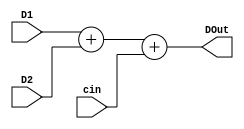
`timescale 1ns / 1ps
//////////////////////////////////////////////////////////////////////////////////
// Company: 
// Engineer: 
// 
// Design Name: 
// Module Name: Adder
// Project Name: 
// Target Devices: 
// Tool Versions: 
// Description: 
// 
// Dependencies: 
// 
// Revision:
// Revision 0.01 - File Created
// Additional Comments:
// 
//////////////////////////////////////////////////////////////////////////////////


module Adder(
    output reg [31:0] DOut,
    input [31:0] D1,
    input [31:0] D2,
    input cin
    );
    always@(*)
    begin
    DOut <= D1 + D2 + cin; 
    end
endmodule